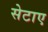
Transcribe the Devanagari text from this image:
सेटाए